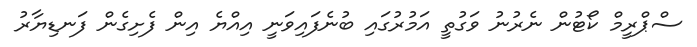
ސްޕްރީމް ކޯޓުން ނެރުނު ވަގުތީ އަމުރުގައި ބުނެފައިވަނީ އިއްޔެ އިން ފެށިގެން ފަނޑިޔާރު